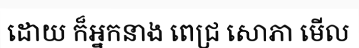
ដោយ ក៏អ្នកនាង ពេជ្រ សោភា មើល